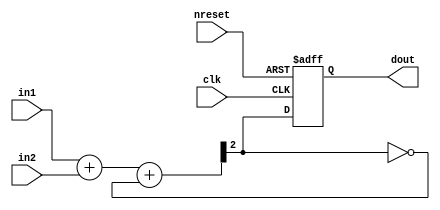
module rosc(clk, nreset, in1, in2, dout);
   parameter l=2;
   input clk, nreset;
   input [l-1:0] in1, in2;
   output reg 	 dout;

   wire 	 cin;
   wire [l:0]  sum = in1 + in2 + cin;

   assign cin = ~sum[l];

   always @(posedge clk or negedge nreset)
     if(!nreset)
       dout <= 0;
     else
       dout <= sum[l];
   
endmodule